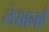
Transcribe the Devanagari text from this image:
लेखनहे